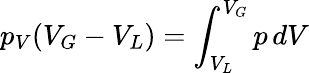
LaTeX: p_{V}(V_{G}-V_{L})=\int_{V_{L}}^{V_{G}}p\, dV